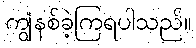
ကျွံနစ်ခဲ့ကြရပါသည်။